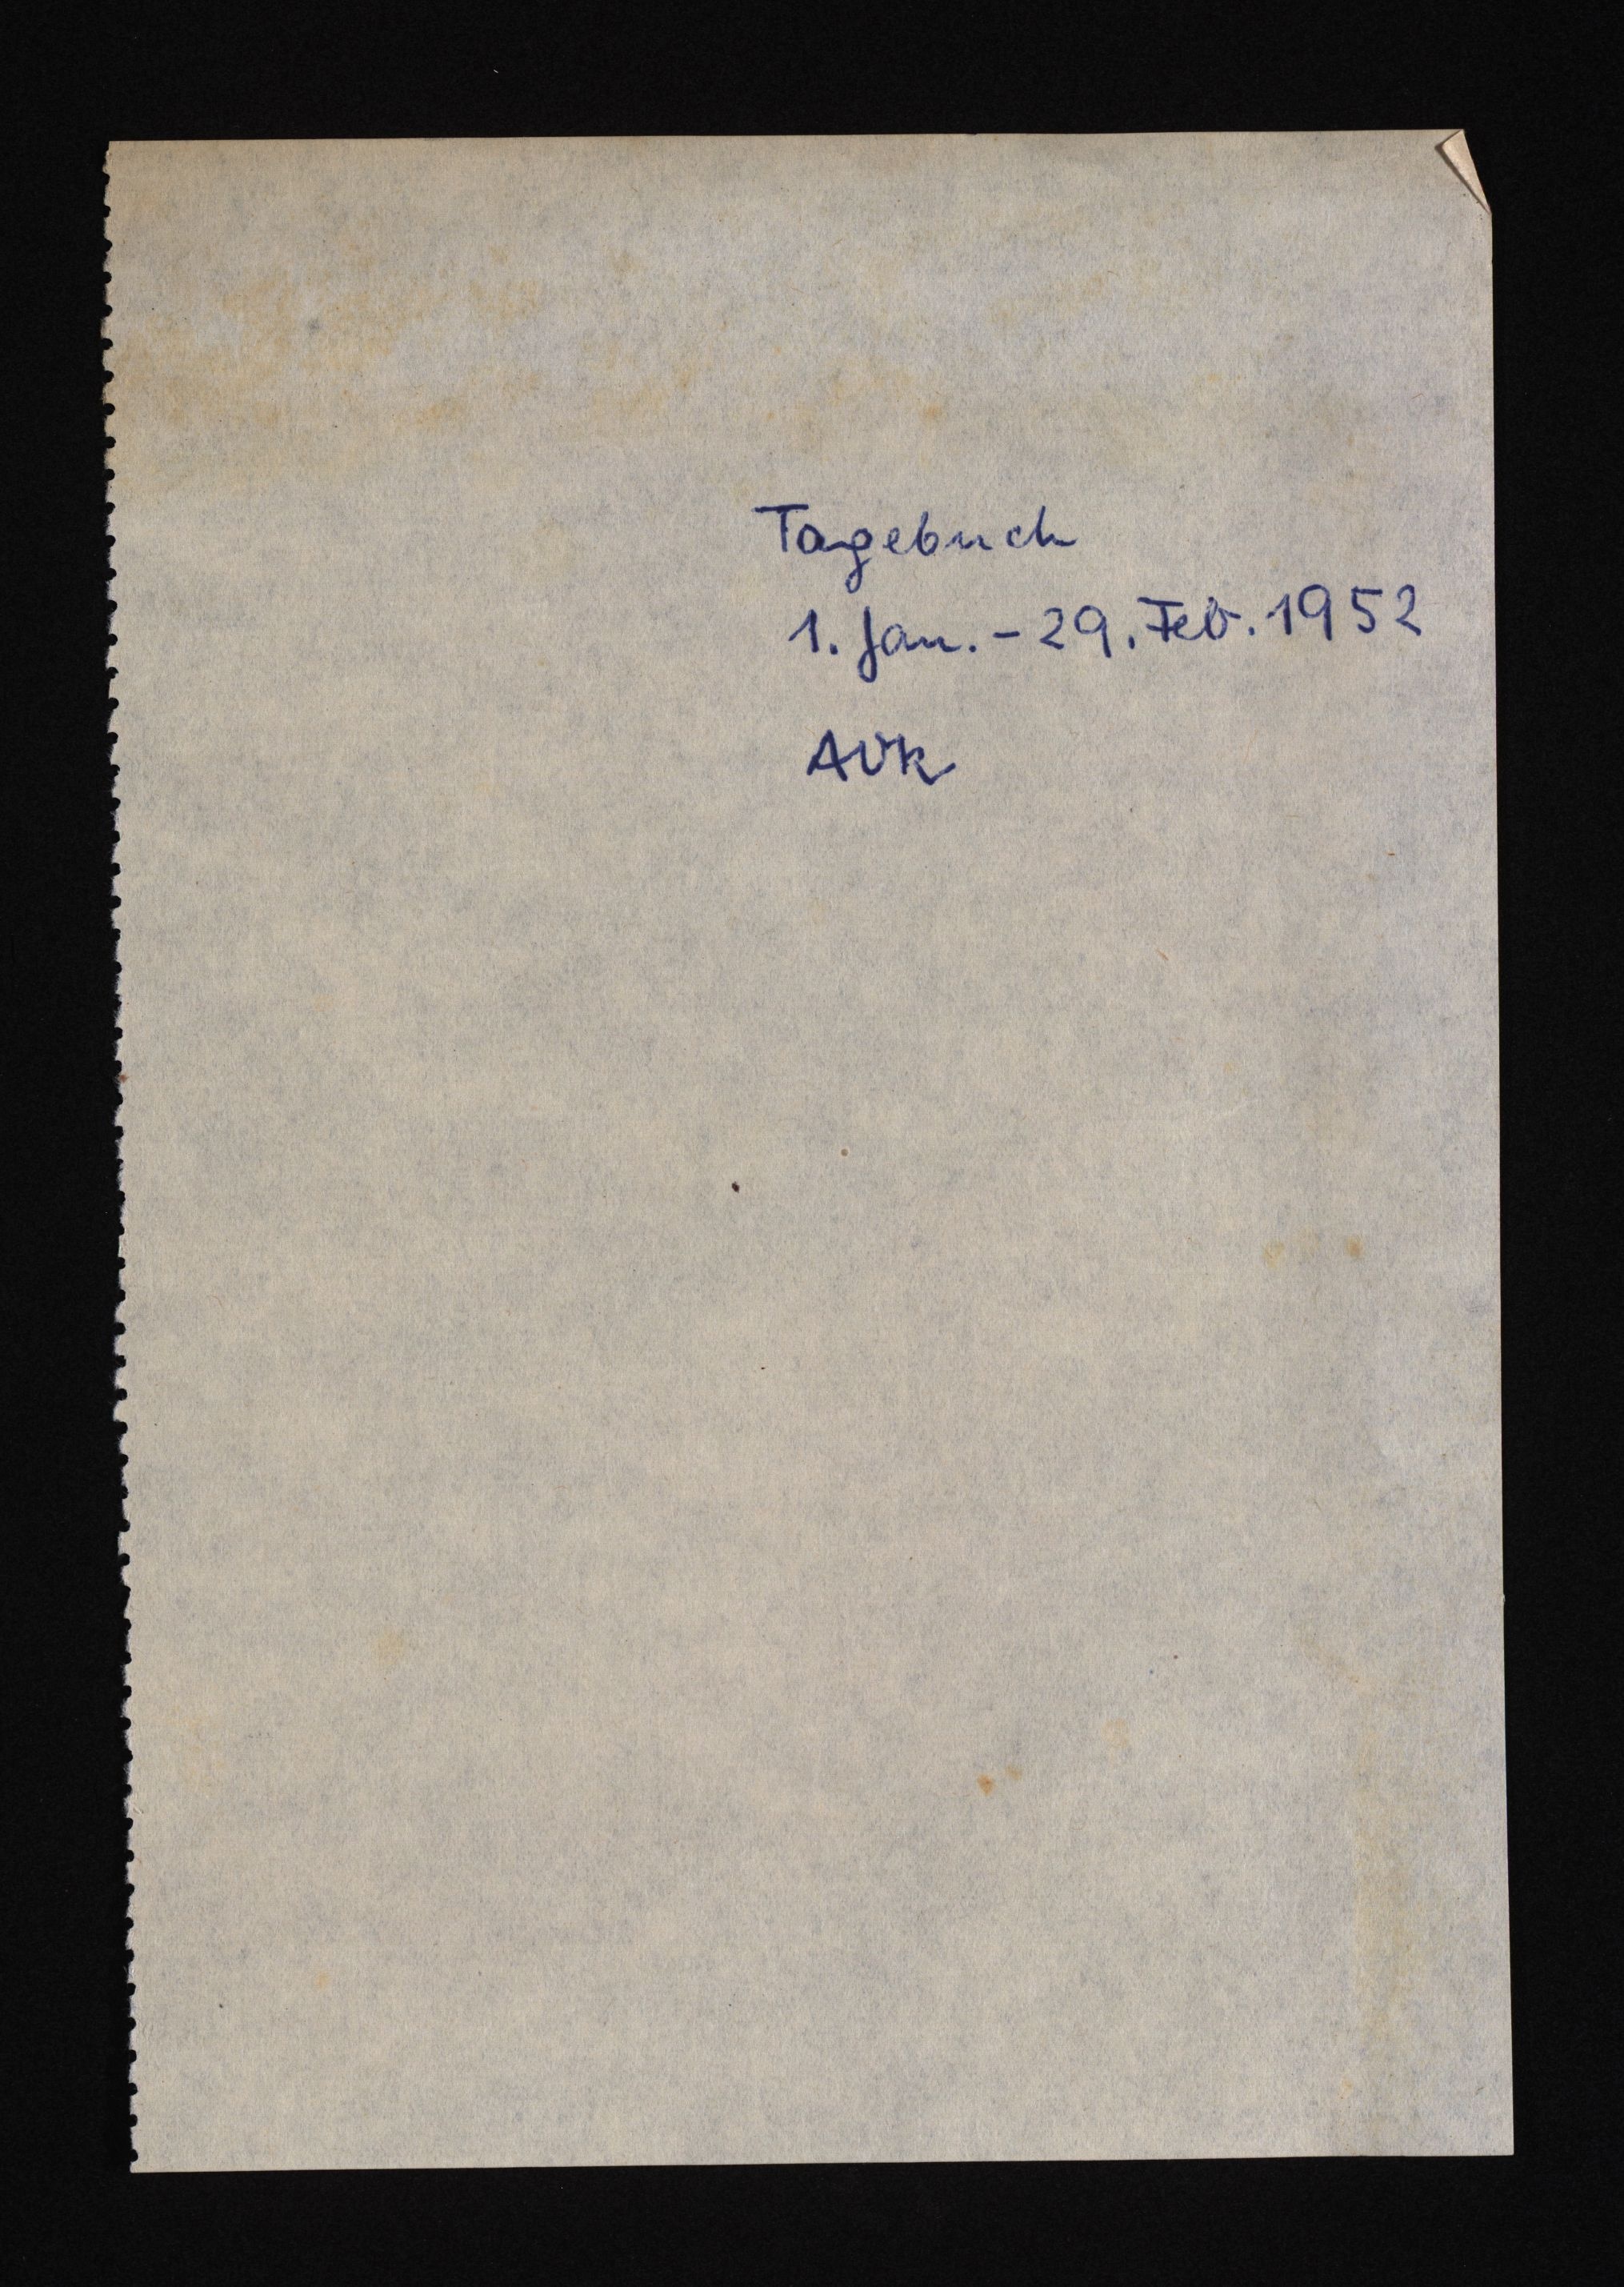
Tagebuch
1. Jan.-29. Feb. 1952
AOk